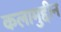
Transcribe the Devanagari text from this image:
कलामुद्दीन